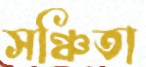
সঞ্চিতা